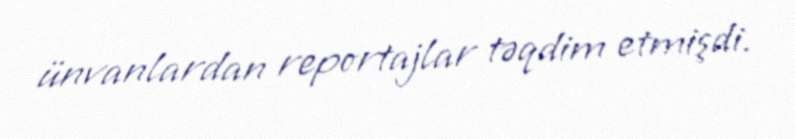
ünvanlardan reportajlar təqdim etmişdi.